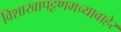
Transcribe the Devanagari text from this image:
विशाखापट्टणमच्याबाहेर